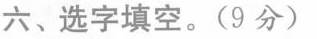
六、选字填空。(9分)